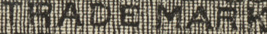
TRADE MARK